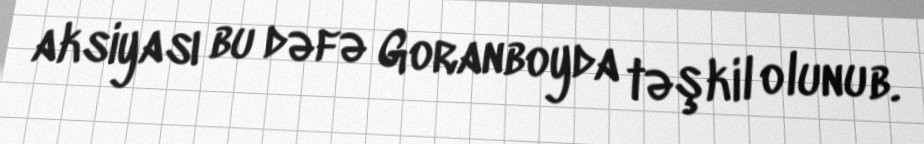
aksiyası bu dəfə Goranboyda təşkil olunub.